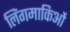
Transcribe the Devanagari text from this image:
लिंगमाकिओं